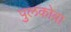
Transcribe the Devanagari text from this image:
पुलकोवा